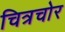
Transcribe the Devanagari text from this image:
चित्रचोर